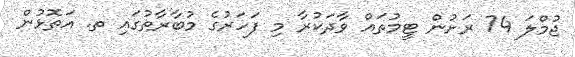
ޖުމްލަ 74 ރަށުން ޓީމުތައް ވާދަކުރާ މި ފަހަރުގެ މުބާރާތުގައި ތ. އަތޮޅުން